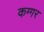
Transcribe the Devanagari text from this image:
कग्गर